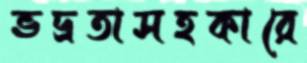
ভদ্রতাসহকারে